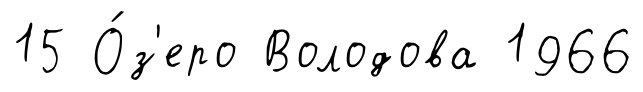
15 О́з'еро Володова 1966